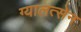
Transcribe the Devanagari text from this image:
ग्यालत्सेन